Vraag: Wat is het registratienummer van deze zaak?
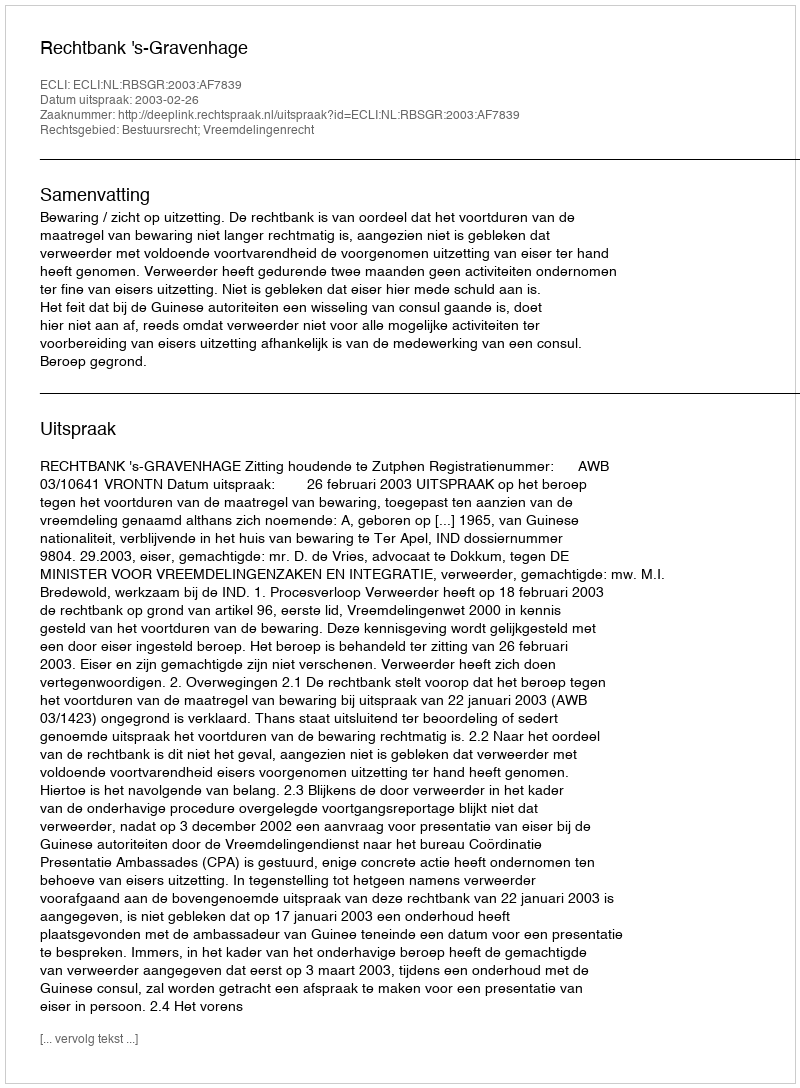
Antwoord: http://deeplink.rechtspraak.nl/uitspraak?id=ECLI:NL:RBSGR:2003:AF7839